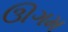
ઊગમ